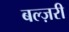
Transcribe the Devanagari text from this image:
बल्ज़री